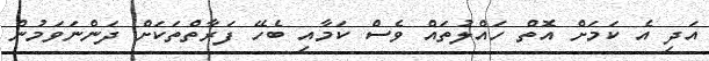
އަދި އެ ކަމަށް އޮތް ހައްލުތައް ވެސް ކަމާއި ބެހޭ ފަރާތްތަކަށް ދަންނަވަމުން